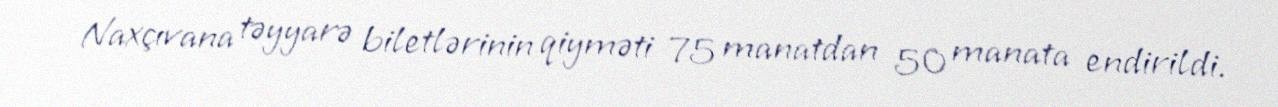
Naxçıvana təyyarə biletlərinin qiyməti 75 manatdan 50 manata endirildi.